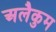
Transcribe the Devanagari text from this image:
अलैकुम